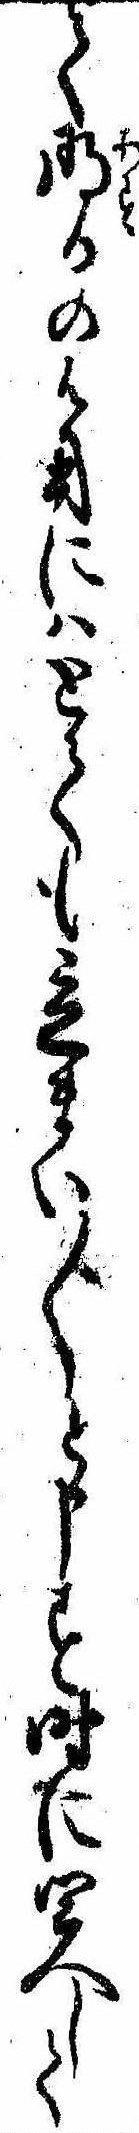
て明日の御用にはとても立まい〱と申す時に四人して